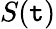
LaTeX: S(\mathtt{t})